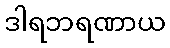
ဒါရဘရဏာယ